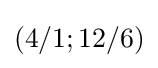
(4/1;12/6)